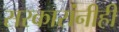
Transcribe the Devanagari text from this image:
सरकारांनीही